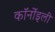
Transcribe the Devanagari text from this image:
कॉर्नोइली